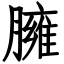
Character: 臃